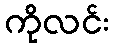
ကိုလင်း